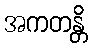
အကတန္တိ